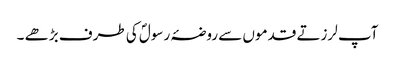
آپ لرزتے قدموں سے روضۂ رسولؐ کی طرف بڑھے ۔